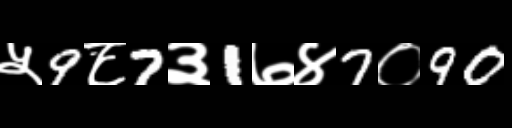
Text: ५9८7३1७४7०90